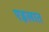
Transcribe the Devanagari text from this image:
एइलात